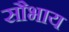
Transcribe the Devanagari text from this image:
सौभाय